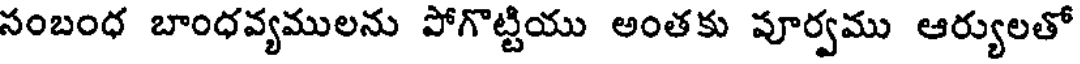
సంబంధ బాంధవ్యములను పోగొట్టియు అంతకు పూర్వము ఆర్యులతో